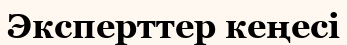
Эксперттер кеңесі